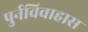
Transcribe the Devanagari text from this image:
पुर्नविवाहास